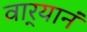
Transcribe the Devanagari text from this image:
वार्‍यानं